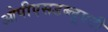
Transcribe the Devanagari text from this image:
ओपीएसडब्लूएटी